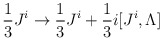
\begin{align*}{1 \over 3} J^i \to {1 \over 3} J^i + {1 \over 3} i [J^i, \Lambda]\end{align*}